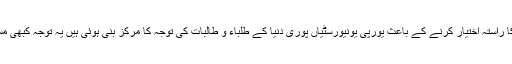
فیض الرحمن درانی نے کہا کہ آج علم اور تحقیق کا راستہ اختیار کرنے کے باعث یورپی یونیورسٹیاں پوری دنیا کے طلباء و طالبات کی توجہ کا مرکز بنی ہوئی ہیں یہ توجہ کبھی مسلمانوں کے قائم کئے گئے اداروں کو حاصل تھی۔